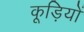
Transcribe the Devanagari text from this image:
कूड़ियों